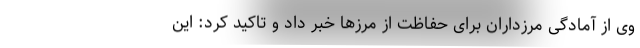
وی از آمادگی مرزداران برای حفاظت از مرزها خبر داد و تاکید کرد: این